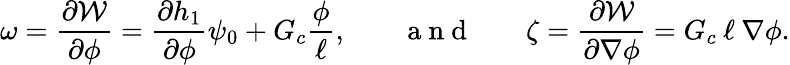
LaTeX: \omega=\frac{\partial\mathcal{W}}{\partial\phi}=\frac{\partial h_{1}}{\partial\phi}\psi_{0}+G_{c}\frac{\phi}{\ell},\, \, \, \, \, \, \, \, \, \, \, \mathrm{~a~n~d~}\, \, \, \, \, \, \, \, \, \, \, \mathbf{\zeta}=\frac{\partial\mathcal{W}}{\partial\nabla\phi}=G_{c}\: \ell\: \nabla\phi.